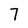
Character: 7